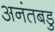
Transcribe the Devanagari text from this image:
अनंतबडु